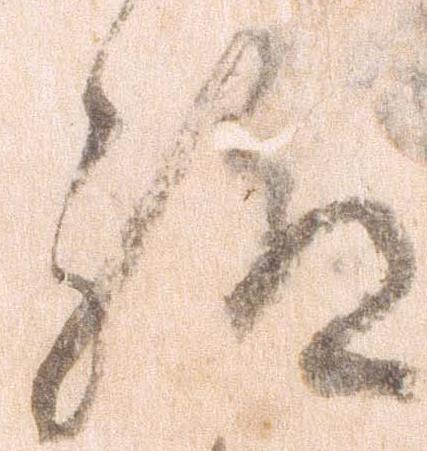
給